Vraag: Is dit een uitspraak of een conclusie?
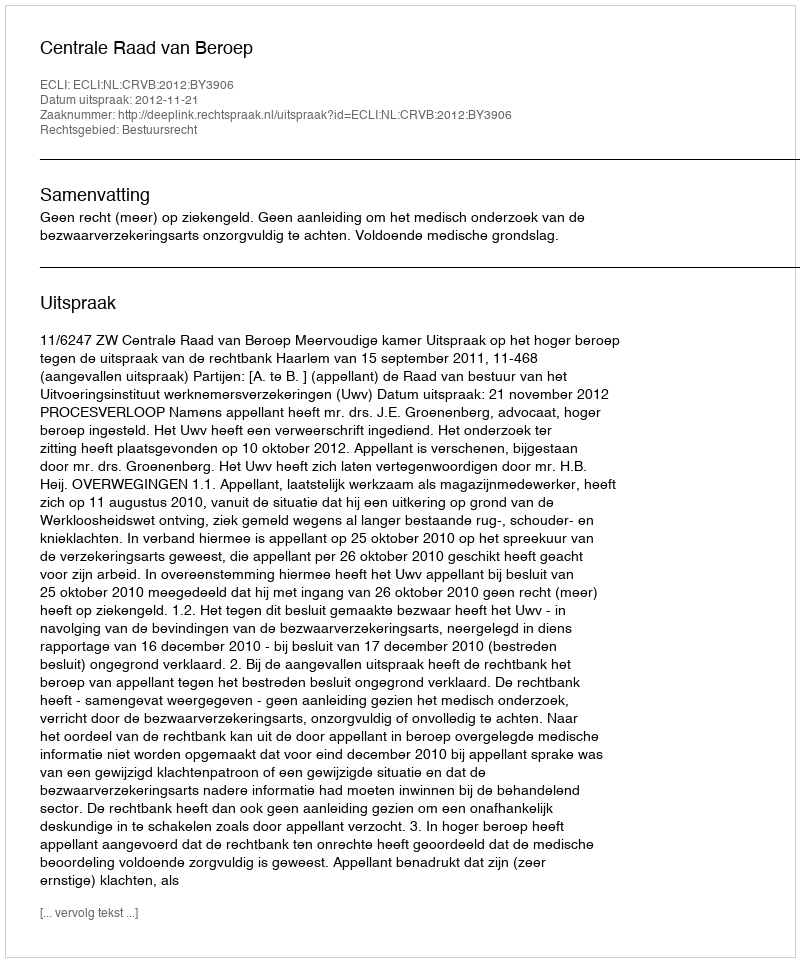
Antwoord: Uitspraak